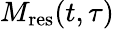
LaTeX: M_{\mathrm{{res}}}(t,\tau)